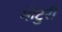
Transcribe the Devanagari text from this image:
मोटुरी